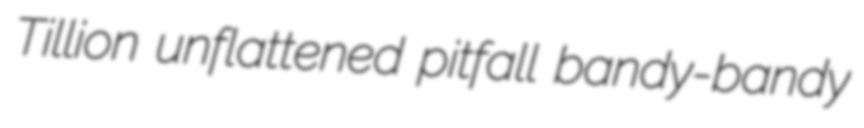
Tillion unflattened pitfall bandy-bandy